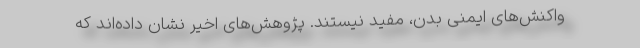
واکنش‌های ایمنی بدن، مفید نیستند. پژوهش‌های اخیر نشان داده‌اند که